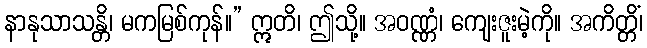
နာနုသာသန္တိ၊ မကမြစ်ကုန်။” ဣတိ၊ ဤသို့။ အဝဏ္ဏံ၊ ကျေးဇူးမဲ့ကို။ အကိတ္တိံ၊